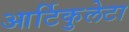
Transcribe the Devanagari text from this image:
आर्टिकुलेटा